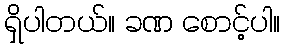
ရှိပါတယ်။ ခဏ စောင့်ပါ။